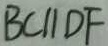
B C / / D F